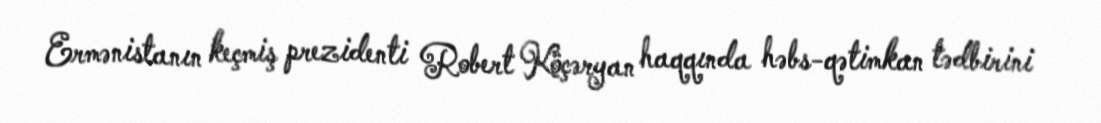
Ermənistanın keçmiş prezidenti Robert Köçəryan haqqında həbs-qətimkan tədbirini